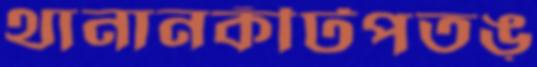
থানানকীটপতঙ্